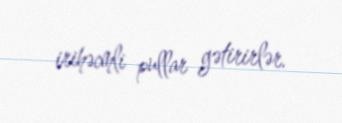
irihəcmli pullar gətirirlər.